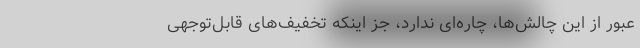
عبور از این چالش‌ها، چاره‌ای ندارد، جز اینکه تخفیف‌های قابل‌توجهی